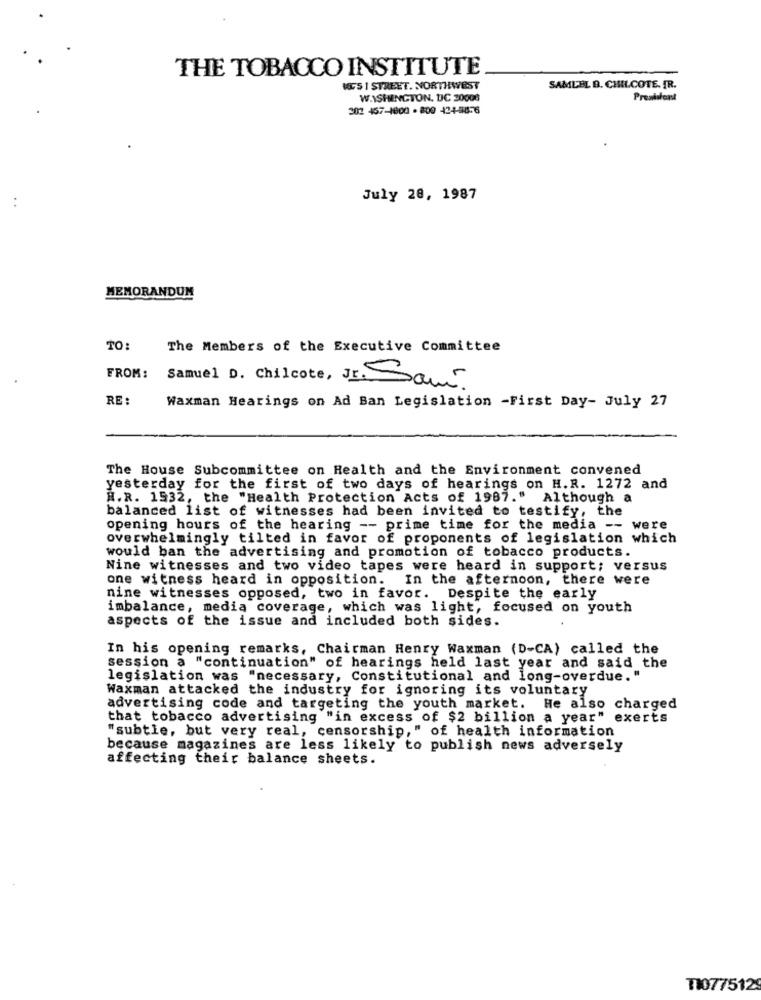
THE TOBACCO INSTITUTE
MEG5 1 STREET. NORTHWEST
SAMUEL B. CHILCOTE. JR.
W.\SHENGTON. DIC 20008
President
302 457-1800 - 800 424-88-6
July 28, 1987
MEMORANDUM
TO
The Members of the Executive Committee
FROM:
Samuel D. Chilcote, Jr. Sami
RE :
Waxman Hearings on Ad Ban Legislation -First Day- July 27
The House Subcommittee on Health and the Environment convened
yesterday for the first of two days of hearings on H.R. 1272 and
H.R. 1932, the "Health Protection Acts of 1987."
Although a
balanced list of witnesses had been invited to testify, the
opening hours of the hearing -- prime time for the media -- were
overwhelmingly tilted in favor of proponents of legislation which
would ban the advertising and promotion of tobacco products.
Nine witnesses and two video tapes were heard in support; versus
one witness heard in opposition. In the afternoon, there were
nine witnesses opposed, two in favor. Despite the early
imbalance, media coverage, which was light, focused on youth
aspects of the issue and included both sides.
In his opening remarks, Chairman Henry Waxman (D-CA) called the
session a "continuation" of hearings held last year and said the
legislation was "necessary, Constitutional and long-overdue. "
Waxman attacked the industry for ignoring its voluntary
advertising code and targeting the youth market. He also charged
that tobacco advertising "in excess of $2 billion a year" exerts
"subtle, but very real, censorship," of health information
because magazines are less likely to publish news adversely
affecting their balance sheets.
TI077512